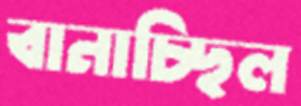
বানাচ্ছিল